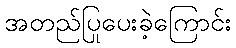
အတည်ပြုပေးခဲ့ကြောင်း